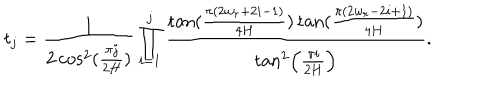
LaTeX: t _ { j } = \frac { 1 } { 2 \cos ^ { 2 } ( \frac { \pi j } { 2 H } ) } \prod _ { i = 1 } ^ { j } \frac { \tan ( \frac { \pi ( 2 w _ { r } + 2 i - 1 ) } { 4 H } ) \tan ( \frac { \pi ( 2 w _ { r } - 2 i + 1 ) } { 4 H } ) } { \tan ^ { 2 } \left( \frac { \pi i } { 2 H } \right) } .